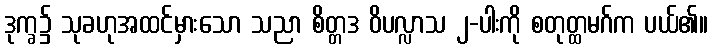
ဒုက္ခ၌ သုခဟုအထင်မှားသော သညာ စိတ္တဒ ဝိပလ္လာသ ၂-ပါးကို စတုတ္ထမဂ်က ပယ်၏။